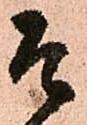
そ